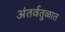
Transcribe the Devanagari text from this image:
अंतर्वतुळात